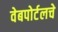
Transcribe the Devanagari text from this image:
वेबपोर्टलचे